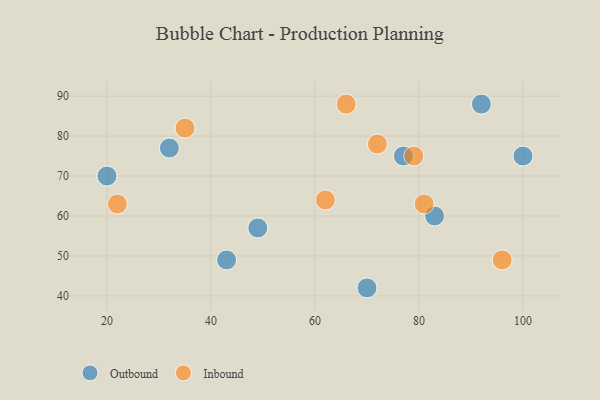
{"axis": {"x": "GDP", "y": "Life Expectancy"}, "legend": ["Inbound", "Outbound"], "data": [{"x": "92", "y": 88, "type": "Outbound"}, {"x": "70", "y": 42, "type": "Outbound"}, {"x": "49", "y": 57, "type": "Outbound"}, {"x": "43", "y": 49, "type": "Outbound"}, {"x": "32", "y": 77, "type": "Outbound"}, {"x": "20", "y": 70, "type": "Outbound"}, {"x": "100", "y": 75, "type": "Outbound"}, {"x": "83", "y": 60, "type": "Outbound"}, {"x": "77", "y": 75, "type": "Outbound"}, {"x": "35", "y": 82, "type": "Inbound"}, {"x": "81", "y": 63, "type": "Inbound"}, {"x": "62", "y": 64, "type": "Inbound"}, {"x": "79", "y": 75, "type": "Inbound"}, {"x": "22", "y": 63, "type": "Inbound"}, {"x": "96", "y": 49, "type": "Inbound"}, {"x": "66", "y": 88, "type": "Inbound"}, {"x": "72", "y": 78, "type": "Inbound"}]}